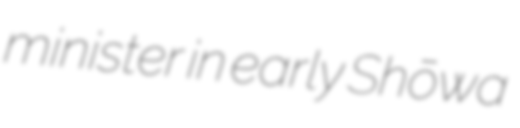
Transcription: minister in early Shōwa